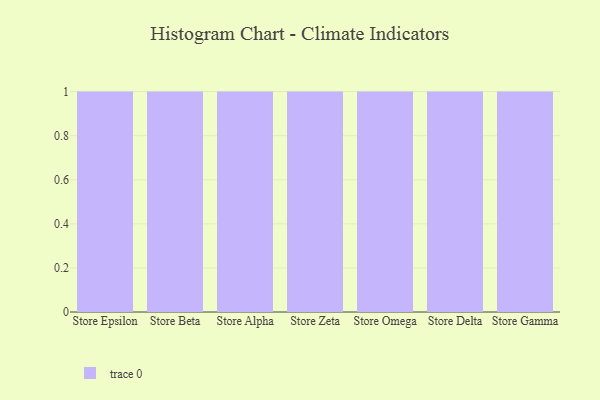
{"axis": {"x": "Store", "y": "Backlog"}, "legend": [""], "data": [{"x": "Store Epsilon", "y": 54, "type": ""}, {"x": "Store Beta", "y": 52, "type": ""}, {"x": "Store Alpha", "y": 21, "type": ""}, {"x": "Store Zeta", "y": 38, "type": ""}, {"x": "Store Omega", "y": 89, "type": ""}, {"x": "Store Delta", "y": 40, "type": ""}, {"x": "Store Gamma", "y": 90, "type": ""}]}